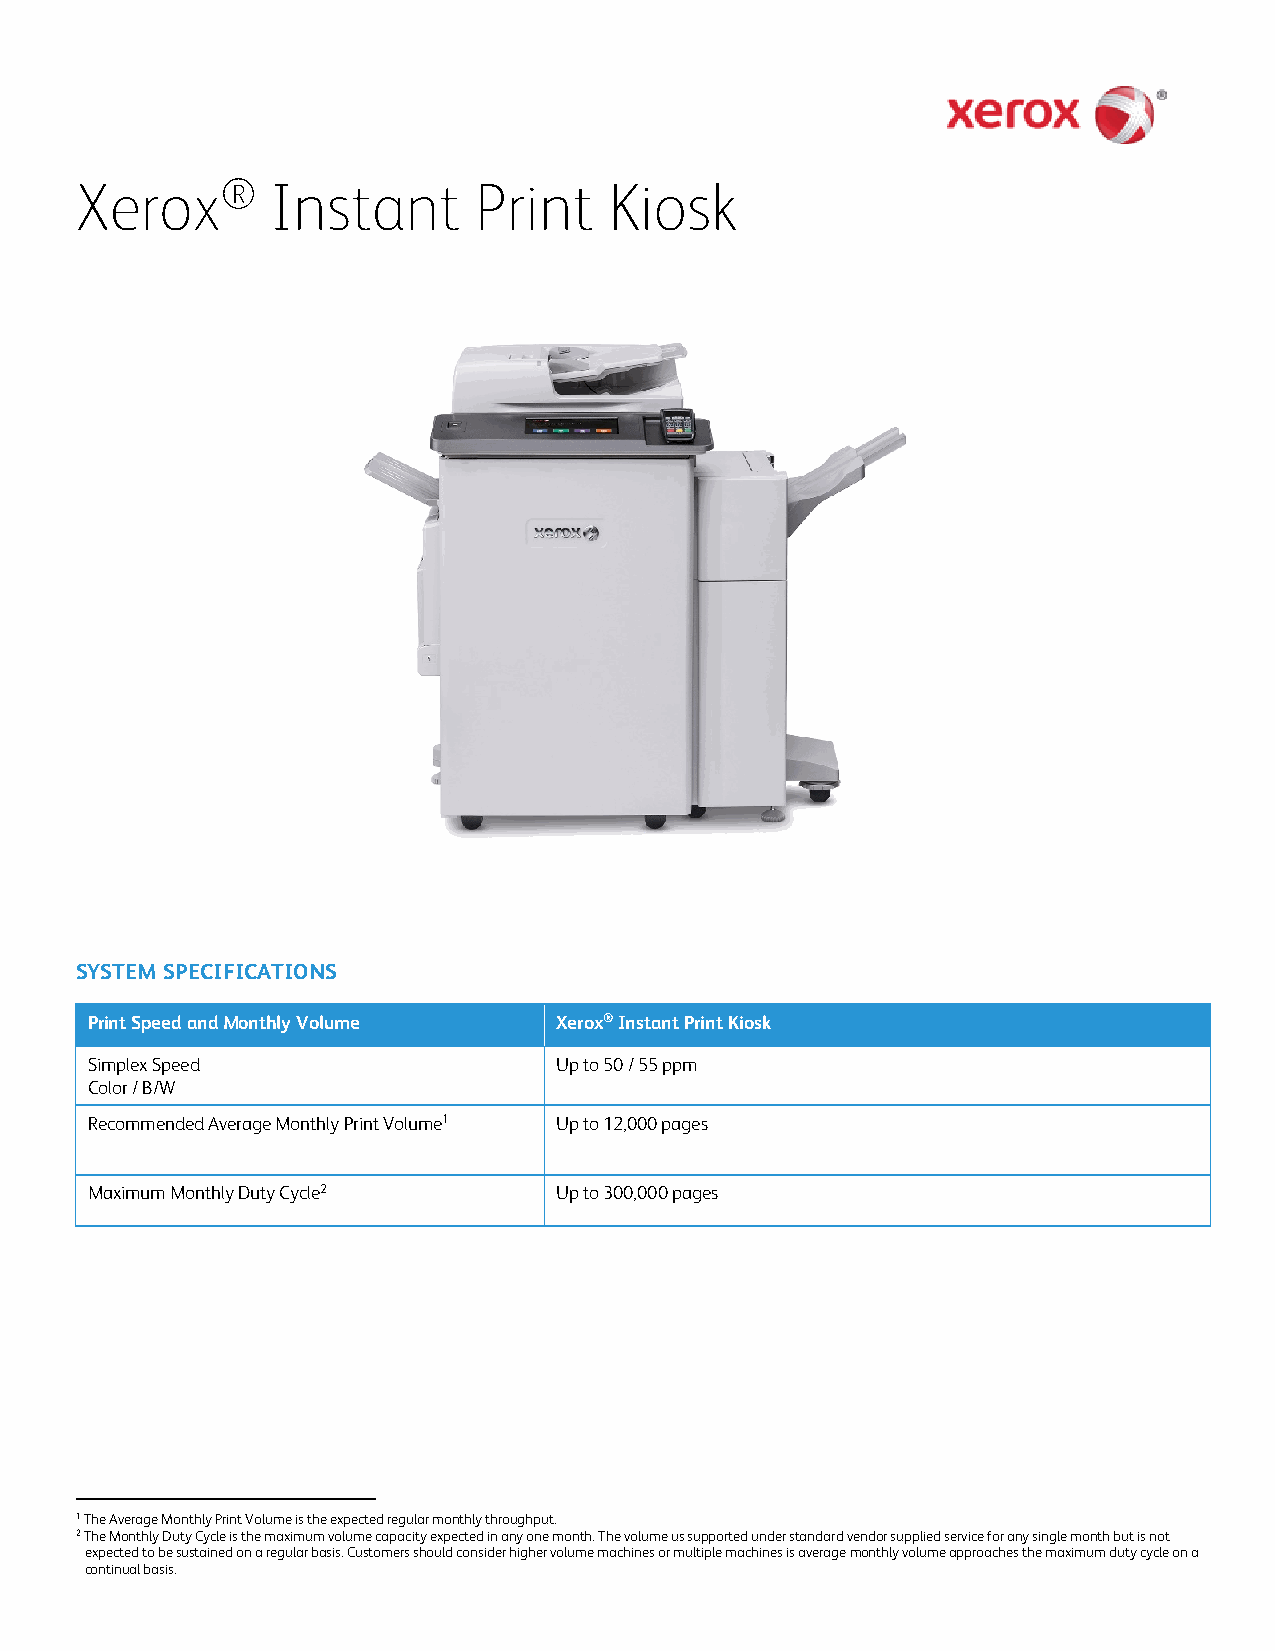
Xerox®       Instant      Print    Kiosk
 System Specifications
 Print Speed and Monthly Volume Xerox® Instant Print Kiosk
 Simplex Speed                  Up to 50 / 55 ppm
 Color / B/W
 Recommended Average Monthly Print Volume1 Up to 12,000 pages
 Maximum Monthly Duty Cycle2    Up to 300,000 pages
 1 The Average Monthly Print Volume is the expected regular monthly throughput.
 2 The Monthly Duty Cycle is the maximum volume capacity expected in any one month. The volume us supported under standard vendor supplied service for any single month but is not
 expected to be sustained on a regular basis. Customers should consider higher volume machines or multiple machines is average monthly volume approaches the maximum duty cycle on a
 continual basis.